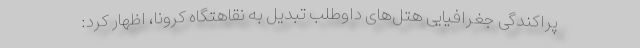
پراکندگی جغرافیایی هتل‌های داوطلب تبدیل به نقاهتگاه کرونا، اظهار کرد: